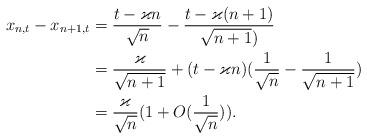
LaTeX: \begin{align*}x_{n,t}-x_{n+1,t}&=\frac{t-\varkappa n}{\sqrt{n}}-\frac{t-\varkappa (n+1)}{\sqrt{n+1})}\\ &=\frac{\varkappa}{\sqrt{n+1}}+(t-\varkappa n)(\frac1{\sqrt{n}}-\frac1{\sqrt{n+1}})\\ &=\frac{\varkappa}{\sqrt{n}}(1+ O(\frac1{\sqrt n})).\end{align*}